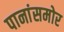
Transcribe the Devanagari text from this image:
पानांसमोर